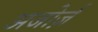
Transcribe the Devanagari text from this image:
अजोर्ज़